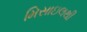
મિસાઇલથી